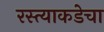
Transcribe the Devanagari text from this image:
रस्त्याकडेचा